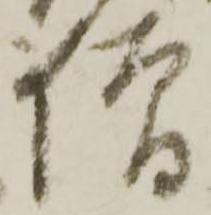
僧